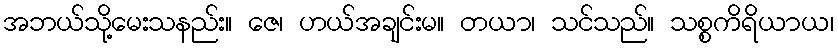
အဘယ်သို့မေးသနည်း။ ဇေ၊ ဟယ်အချင်းမ။ တယာ၊ သင်သည်။ သစ္စကိရိယာယ၊